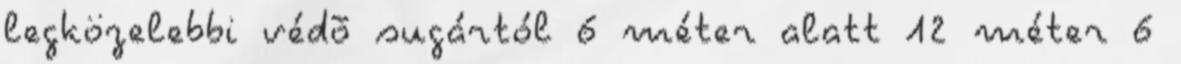
legközelebbi védõ sugártól 6 méter alatt 12 méter 6